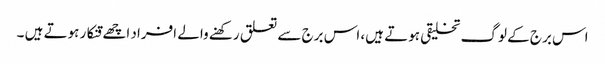
اس برج کے لوگ تخلیقی ہوتے ہیں، اس برج سے تعلق رکھنے والے افراد اچھے قنکار ہوتے ہیں ۔